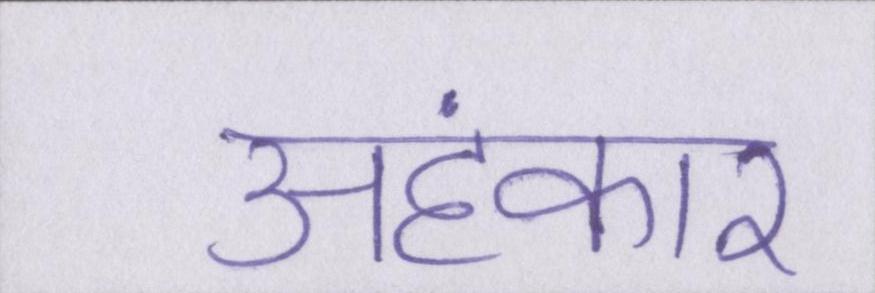
अहंकार